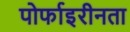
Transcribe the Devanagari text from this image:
पोर्फाइरीनता